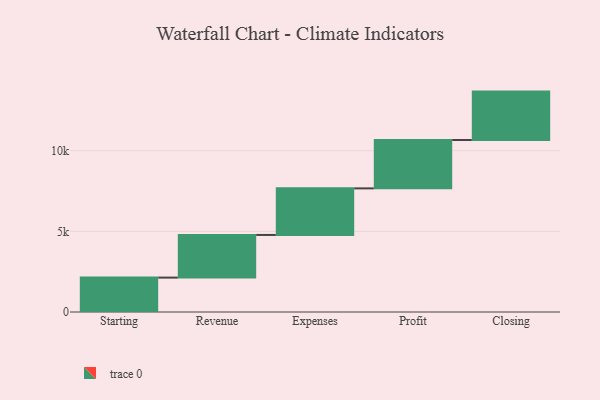
{"axis": {"x": "Step", "y": "Value"}, "legend": [""], "data": [{"x": "Starting", "y": 2133.0, "type": ""}, {"x": "Revenue", "y": 2644.0, "type": ""}, {"x": "Expenses", "y": 2888.0, "type": ""}, {"x": "Profit", "y": 3000, "type": ""}, {"x": "Closing", "y": 3000, "type": ""}]}